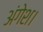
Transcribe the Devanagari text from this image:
अंगेश।